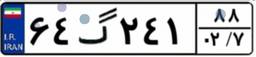
۶۴گ۲۴۱۸۸